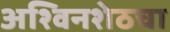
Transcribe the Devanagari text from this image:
अश्विनशेठचा